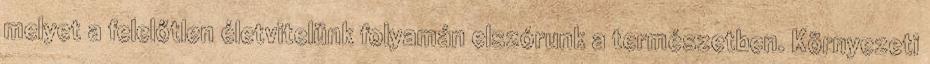
melyet a felelőtlen életvitelünk folyamán elszórunk a természetben. Környezeti